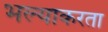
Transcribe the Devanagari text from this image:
भल्याकरता